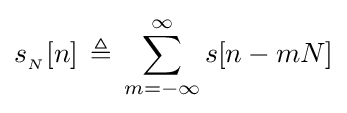
s_{_{N}}[n]\,\triangleq \,\sum _{m=-\infty }^{\infty }s[n-mN]